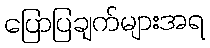
ပြောပြချက်များအရ